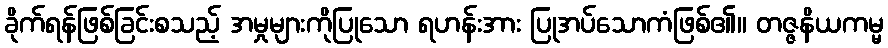
ခိုက်ရန်ဖြစ်ခြင်းစသည့် အမှုများကိုပြုသော ရဟန်းအား ပြုအပ်သောကံဖြစ်၏။ တဇ္ဇနိယကမ္မ